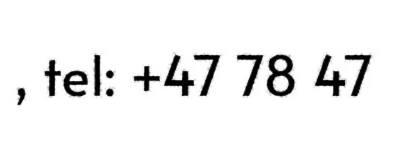
, tel: +47 78 47